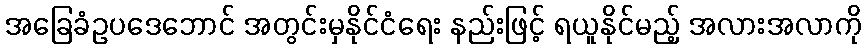
အခြေခံဥပဒေဘောင် အတွင်းမှနိုင်ငံရေး နည်းဖြင့် ရယူနိုင်မည့် အလားအလာကို